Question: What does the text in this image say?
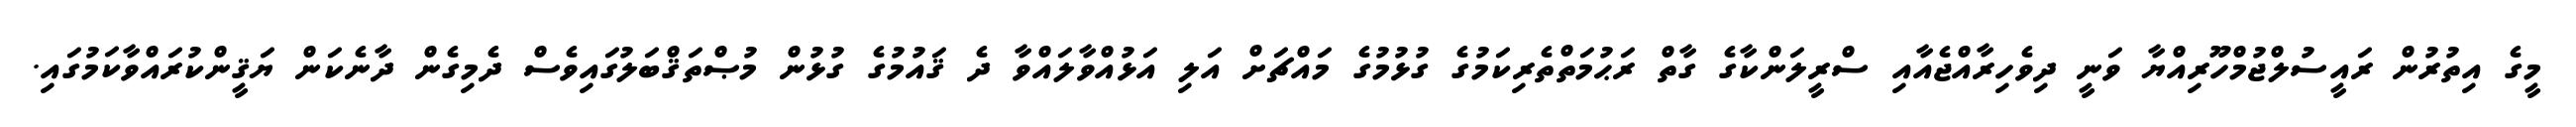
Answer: މީގެ އިތުރުން ރައީސުލްޖުމްހޫރިއްޔާ ވަނީ ދިވެހިރާއްޖެއާއި ސްރީލަންކާގެ ގާތް ރަޙުމަތްތެރިކަމުގެ ގުޅުމުގެ މައްޗަށް އަލި އަޅުއްވާލައްވާ ދެ ޤައުމުގެ ގުޅުން މުޞްތަޤްބަލުގައިވެސް ދެމިގެން ދާނެކަން ޔަޤީންކުރައްވާކަމުގައި.